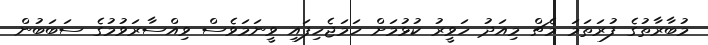
މުބާރާތުގެ ފުރަތަމަ މެޗް މިއަދު ހަވީރު ކުޅުމަށް ހަމަޖެހިފައި ވީނަމަވެސް ވިއްސާރަވުމުގެ ސަބަބުން